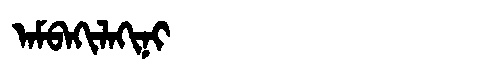
Manchu: ᠠᠮᠪᠠᡴᡳᠯᠠᡴᡳᠨᡳ
Romanization: AMBAKILAKINI